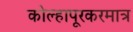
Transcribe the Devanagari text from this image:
कोल्हापूरकरमात्र